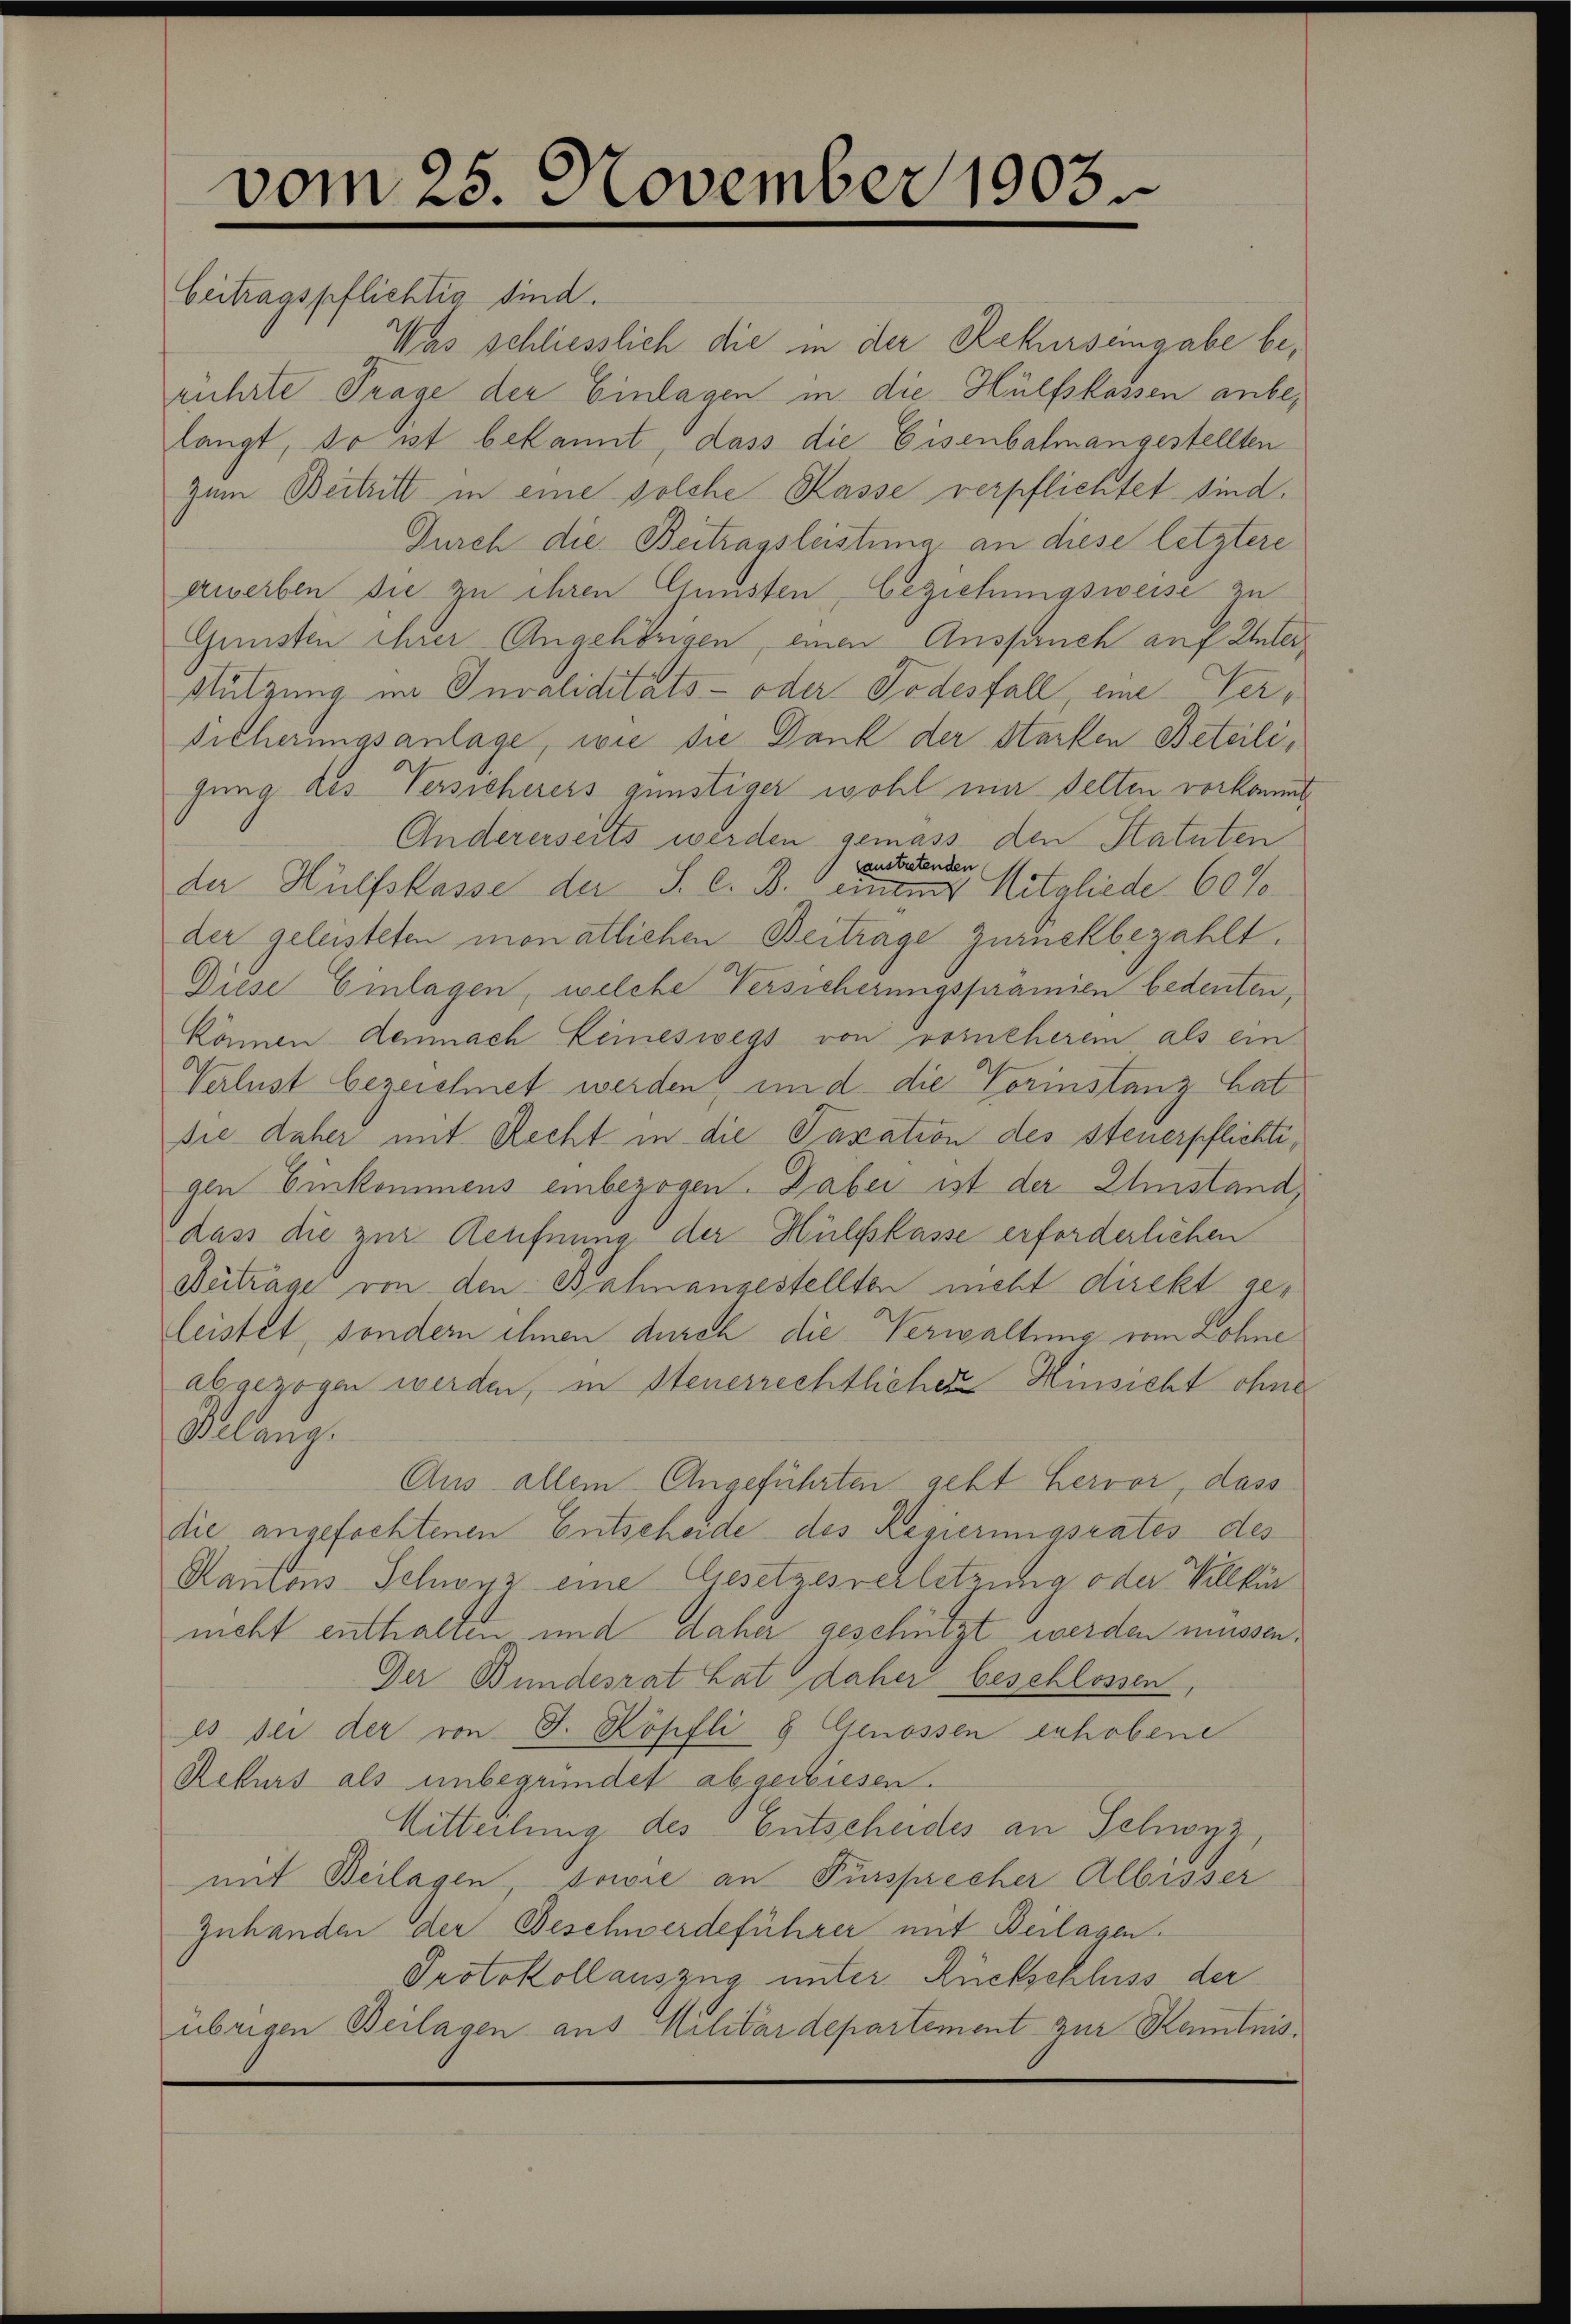
vom 25. November 1903.
Beitragspflichtig sind.

Was schliesslich die in der Rekurseingabe berührte Frage der Einlagen in die Hülfskassen anbelangt, so ist bekannt, dass die Eisenbalmangestellten
zum Beitritt in eine solche Kasse verpflichtet sind.
Durch die Beitragsleistung an diese letztere
giverben die zu ihren Gunsten, beziehungsweise zu
Gunsten ihrer Angehörigen, einen Anspruch auf Unterstützung im Invaliditäts- oder Todesfall, eine Ver¬
Sicherungsanlage, wie die Dank der starken Beteiligung des Versicherers günstiger wohl mir selten vorkommt,
Andererseits werden gemass den Statuten
laustretenden
der Hülfskasse der S. C. B. einem Mitgliede 60 Joder geleisteten monatlichen Beitrage zurückbezahlt.
Diese Einlagen, welche Versicherungsprämien bedeuten,
können demnach Keineswegs von voreherem als ein
Verlust bezeichnet werden und die Vorinstanz hat
sie daher mit Recht in die Taxation des steuerpflichtigen Einkommens einbezogen. Dabei ist der Einstand,
dass die zur Aeufnung der Hülfskasse erforderlichen
Aetrage von den Bahnangestellten nicht direkt geleistet, sondern ihnen durch die Verwaltung vom Lohne
abgezogen werden, in Steuerrechtlicher Hinsicht ohne
Belang.
Aus allem Angeführten acht hervor, dass
die angefochtenen Entscheide des Regierungsrates des
Rantons Schwyz eine Gesetzesverletzung oder Willkür
nicht enthalten und daher geschützt werden müssen.
Der Bundesrat hat daher beschlossen
es dei der von J. Köpfli & Genossen erhobene
Rekurs als unbegründet abgewiesen.
Mitteilung des Entscheides an Schwyz
mit Beilagen, sowie an Fürsprecher Albisser
Zuhanden der Beschwerdeführer mit Beilagen.
Protokollauszug unter Rückschluss der
übrigen Beilagen aus Militärdepartement zur Kenntnis¬